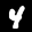
Label: 4